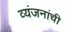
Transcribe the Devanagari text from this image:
व्यंजनांची